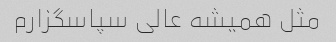
مثل همیشه عالی سپاسگزارم